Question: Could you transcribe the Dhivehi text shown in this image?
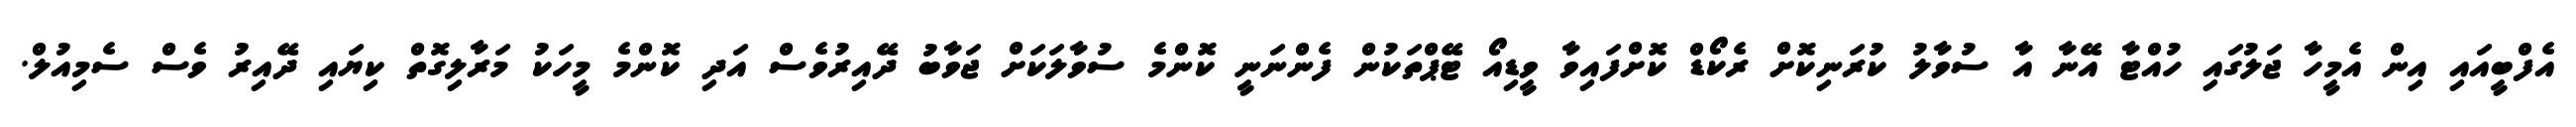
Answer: އެފްބީއައި އިން އެމީހާ ޖަލުގައި ހުއްޓާ އޭނާ އާ ސުވާލު ކުރަނިކޮށް ރެކޯޑް ކޮށްފައިވާ ވީޑިއޯ ޓޭޕްތަކުން ފެންނަނީ ކޮންމެ ސުވާލަކަށް ޖަވާބު ދޭއިރުވެސް އަދި ކޮންމެ މީހަކު މަރާލިގޮތް ކިޔައި ދޭއިރު ވެސް ސެމިއުލް.